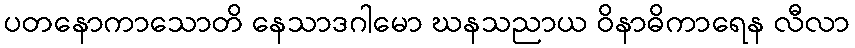
ပတနောကာသောတိ နေသာဒဂါမော ဃနသညာယ ဝိနာဓိကာရေန လီလာ